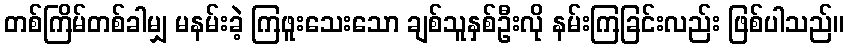
တစ်ကြိမ်တစ်ခါမျှ မနမ်းခဲ့ ကြဖူးသေးသော ချစ်သူနှစ်ဦးလို နမ်းကြခြင်းလည်း ဖြစ်ပါသည်။